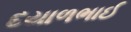
દયાળભાઈ